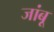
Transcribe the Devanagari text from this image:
जांबू